Lunatic asylums United Provinces 1909-1921 - 1909-1921
Year: 1909
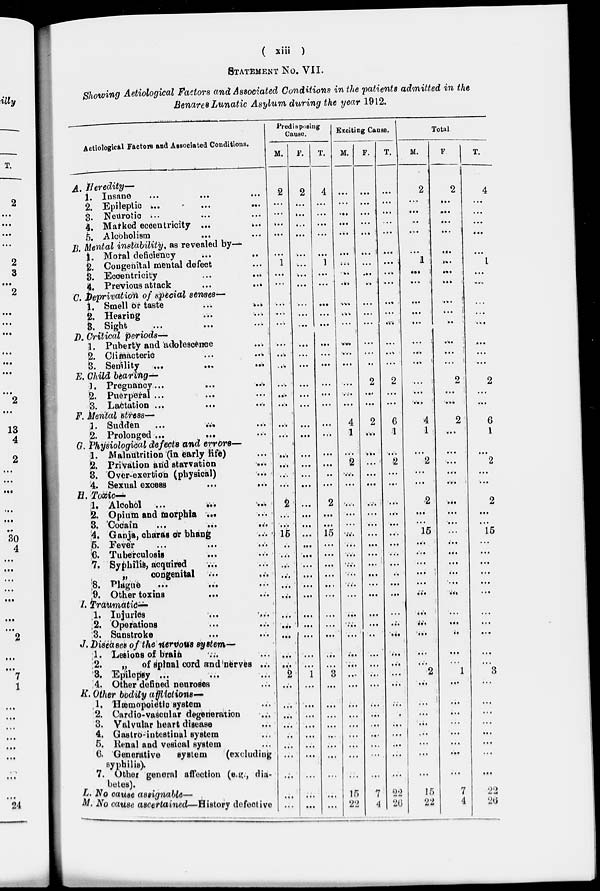
( xiii )
STATEMENT No. VII.
Showing Aetiological Factors and Associated Conditions in the patients admitted in the
Benares Lunatic Asylum during the year 1912.
Aetiological Factors and Associated Conditions.
A Heredity—
1. Insane
...
...
...
2. Epileptic
...
...
...
3. Neurotic ... ... ...
4. Marked eccentricity
...
...
5. Alcoholism ... ... ...
B. Mental instability, as revealed by—
1. Moral deficiency
...
...
2. Congenital mental defect ...
3. Eccentricity
...
...
4, Previous attack
...
...
C. Deprivation of special senses—
i. Smell or taste
...
...
2. Hearing ... ...
8. Sight
...
...
...
D. Critical periods—
1. Puberty and actolescence
...
2.
Climacteric
...
...
3. Senility
...
...
...
E. Child bearing—
]. Pregnancy
...
...
...
2. Puerperal ... ... ...
3. Lactation
...
...
...
F. Mental stress—
1. Sudden
...
...
...
2. Prolonged ... ... ...
G. Physiological defects and errors—
1. Malnutrition (in early life) ...
2. Privation and starvation ...
3. Over-exertion (physical) ...
4. Sexual excess
H. Toxic —
1. Alcohol
...
...
...
2. Opium and morphia ... ...
3.
Coain
...
...
...
4. Ganja, charas or bhang ...
5. Fever ... ... ...
6. Tuberculosis ... ...
7. Syphilis, acquired ... ...
„
congenital ... ...
8. Plague
...
...
...
9. Other toxins
...
...
I. Traumatic —
1. Injuries ... ...
2. Operations ... ...
3. Sunstroke ... ...
J. Diseases of the nervous system—
;1. Lesions of brain ...
2.
„
of spinal cord and nerves ...
3. Epilepsy ...
4. Other defined neuroses ...
K. Other bodily afflictions—
1. Hæmopoietic system ...
2. Cardio-vascular degeneration ...
3. Valvular heart disease ...
4. Gastro-intestinal system ...
5. Ilenal and vesical system ...
6. Generative
system
(excluding
syphilis).
7. Other general affection (e.g., dia-
betes).
L. No cause assignable—
M. No cause ascertained—History defective
Predisposing
Cause.
M.
2
...
...
...
...
...
1
...
...
...
...
...
...
...
...
...
...
...
...
...
...
...
...
...
2
...
...
15
...
...
...
...
...
...
...
...
...
...
...
2
...
...
...
...
...
...
...
...
...
...
F.
2
...
...
...
...
...
...
...
...
...
...
...
...
...
...
...
...
...
...
...
...
...
...
...
...
...
...
...
...
...
...
...
...
...
...
...
...
...
...
1
...
...
...
...
...
...
...
...
...
...
T.
4
...
...
...
...
...
1
...
...
...
...
...
...
...
...
...
...
...
...
...
...
...
...
...
2
...
...
15
...
...
...
...
...
...
...
...
...
...
...
3
...
...
...
...
...
...
...
...
...
...
Exciting Cause.
M.
...
...
...
...
...
...
...
...
...
...
...
...
...
...
...
...
...
...
4
1
...
2
...
...
...
...
...
...
...
...
...
...
...
...
...
...
...
...
...
...
...
...
...
...
...
...
...
...
15
22
F.
...
...
...
...
...
...
...
...
...
...
...
...
...
...
..
2
...
...
2
...
...
...
...
...
...
...
...
...
...
...
...
...
...
...
...
...
...
...
...
...
...
...
...
...
...
...
...
...
7
4
T.
...
...
...
...
...
...
...
...
...
...
...
...
...
...
...
2
...
...
6
1
...
2
...
...
...
...
...
...
...
...
...
...
...
...
...
...
...
...
...
...
...
...
...
...
...
...
...
...
22
26
Total
M.
2
...
...
...
...
...
1
...
...
...
...
...
...
...
...
...
...
...
4
1
...
2
...
...
2
...
...
15
...
...
...
...
...
...
...
...
...
...
...
2
...
...
...
...
...
...
...
...
15
22
F
2
...
...
...
...
...
...
...
...
...
...
...
...
...
...
2
...
...
2
...
...
...
...
...
...
...
...
...
...
...
...
...
...
...
...
...
...
...
...
1
...
...
...
...
...
...
...
...
7
4
T.
4
...
...
...
...
...
1
...
...
...
...
...
...
...
...
2
...
...
6
1
...
2
...
...
2
...
...
15
...
...
...
...
...
...
...
...
...
...
...
3
...
...
...
...
...
...
...
...
22
26